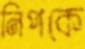
নিপকে